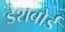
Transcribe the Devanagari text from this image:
डेशबोर्ड